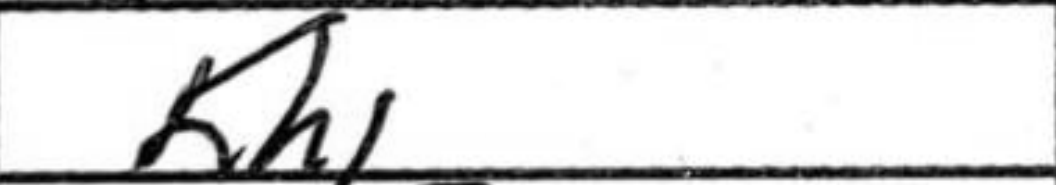
Transcription: Kh1